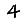
Digit: 4